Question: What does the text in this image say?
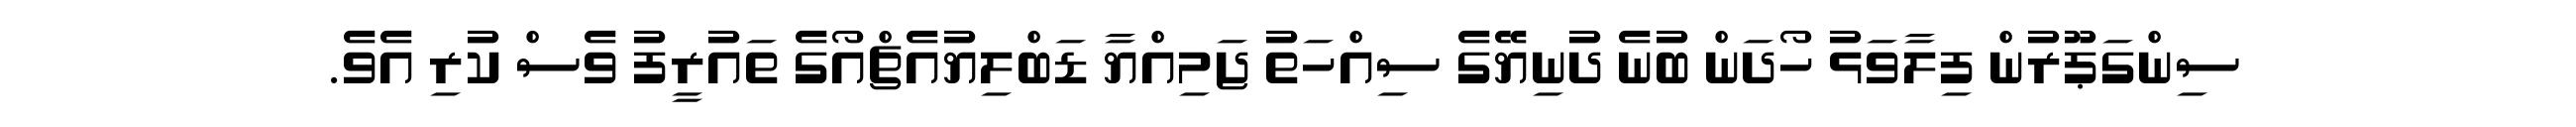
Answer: ސިންގަޕޫރުން ފިލާވަޅު ހޯދަން ބުނެ ދުނިޔޭގެ ސިއްހަތު ޖަމިއްޔާ ޑަބްލިޔުއެޗްއޯގެ ތައުރީފު ވެސް ކުރި އެވެ.